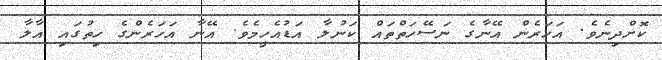
ކޮށްދިނެވެ. އަހަރެން އޭނާގެ ނަސޭހަތްތައް ކަނުލާ އަޑުއެހީމެވެ. އޭނާ އަހަރެންގެ ހިތުގައި އާލާ